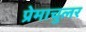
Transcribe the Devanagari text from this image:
प्रेमाचुलर